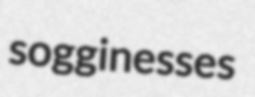
sogginesses